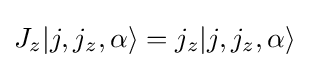
J_{z}|j,j_{z},\alpha \rangle =j_{z}|j,j_{z},\alpha \rangle